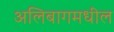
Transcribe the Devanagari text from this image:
अलिबागमधील